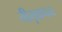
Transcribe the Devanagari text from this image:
तीख़ापन